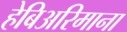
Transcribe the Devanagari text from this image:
हेबिअरिमाना